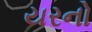
યરનો